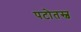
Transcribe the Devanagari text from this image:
पटोतस्व